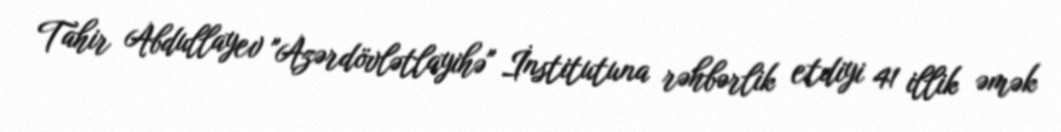
Tahir Abdullayev "Azərdövlətlayihə" İnstitutuna rəhbərlik etdiyi 41 illik əmək